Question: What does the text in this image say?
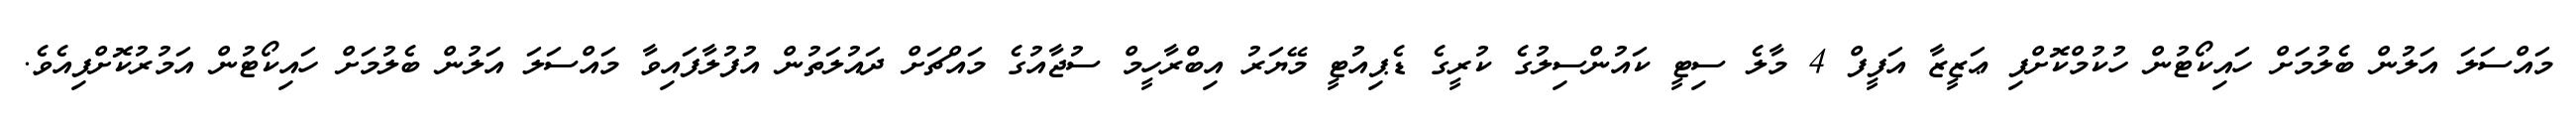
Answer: މައްސަލަ އަލުން ބެލުމަށް ހައިކޯޓުން ހުކުމްކޮށްފި ޢަޒީޒާ އަފީފް 4 މާލެ ސިޓީ ކައުންސިލުގެ ކުރީގެ ޑެޕިއުޓީ މޭޔަރު އިބްރާހީމް ސުޖާއުގެ މައްޗަށް ދައުލަތުން އުފުލާފައިވާ މައްސަލަ އަލުން ބެލުމަށް ހައިކޯޓުން އަމުރުކޮށްފިއެވެ.